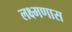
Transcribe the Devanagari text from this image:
लक्ष्मणास